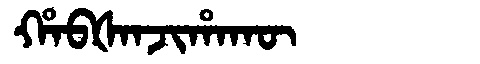
Manchu: ᡥᠠᠪᡧᠠᠨᠵᡳᡥᠠᡴᡡ
Romanization: HABŠANJIHAKŪ